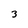
Character: 3